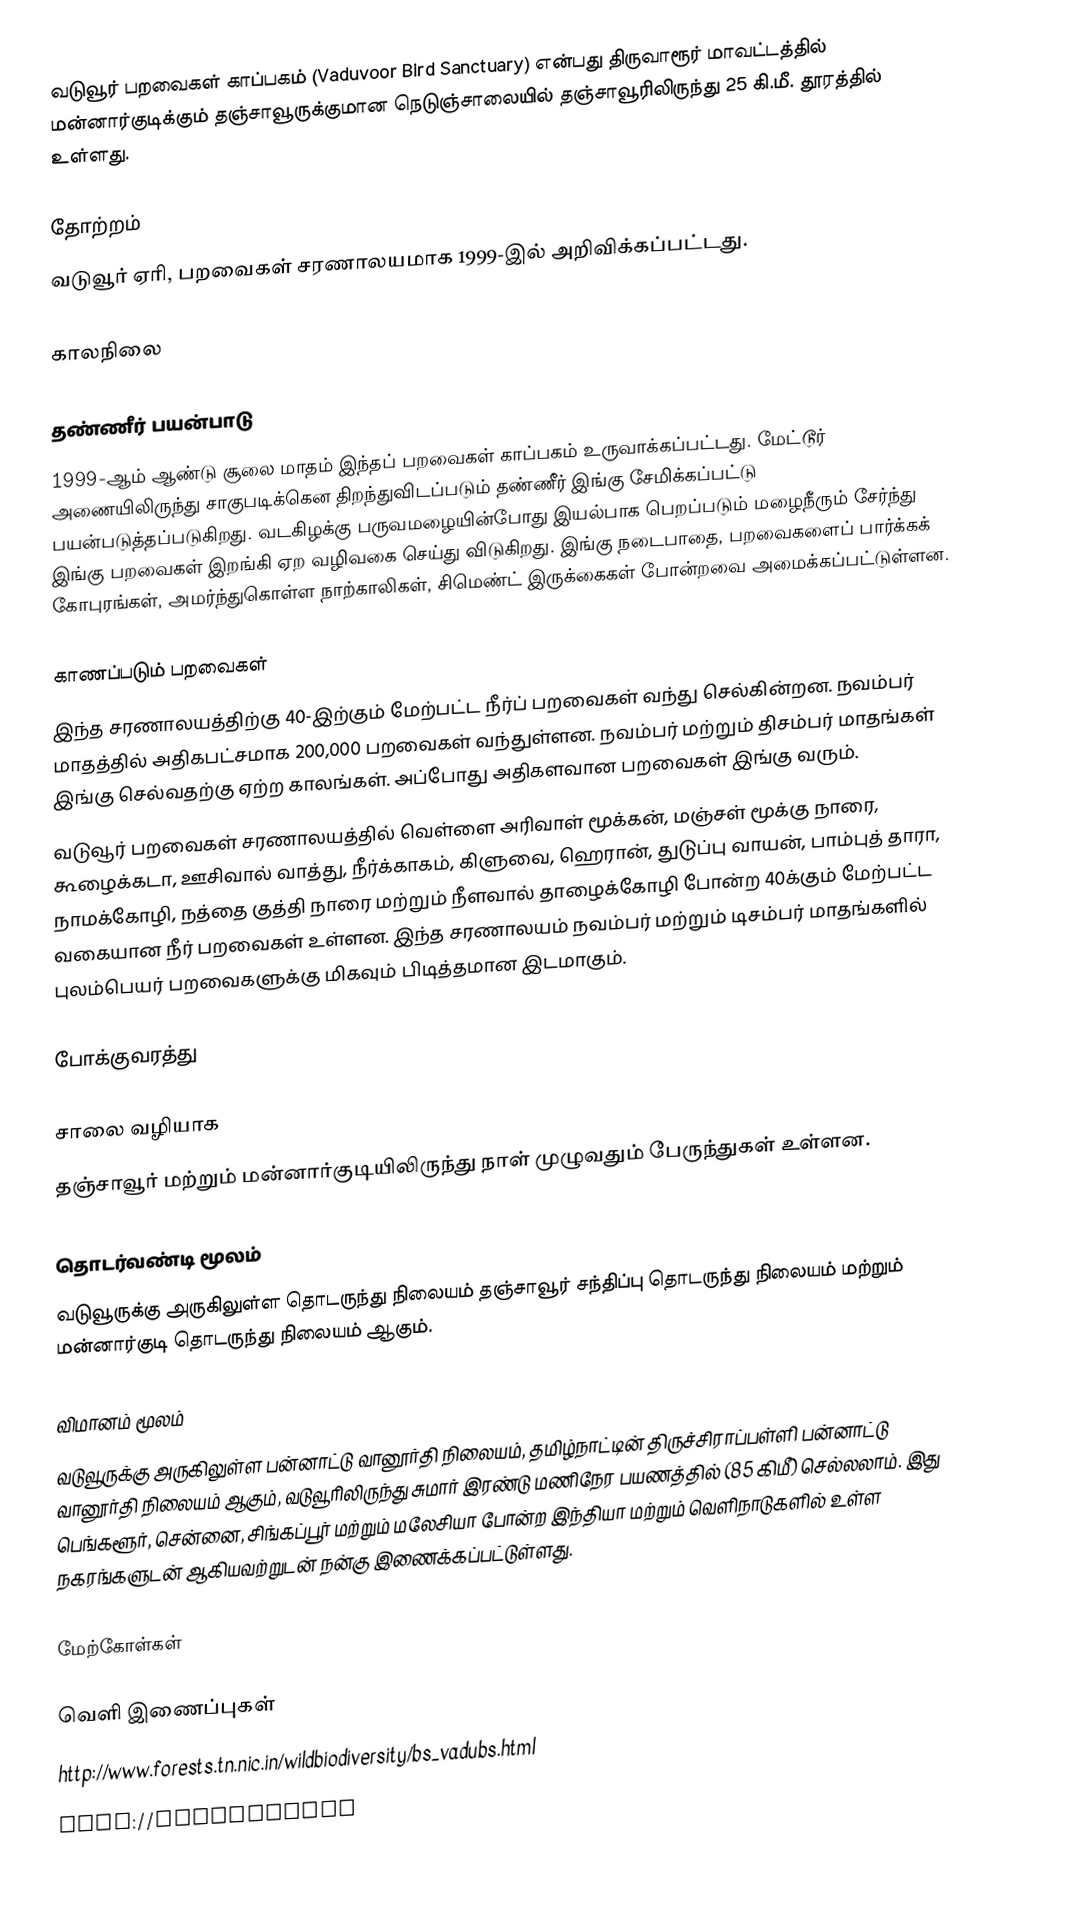
வடுவூர் பறவைகள் காப்பகம் (Vaduvoor Bird Sanctuary) என்பது திருவாரூர் மாவட்டத்தில் மன்னார்குடிக்கும் தஞ்சாவூருக்குமான நெடுஞ்சாலையில் தஞ்சாவூரிலிருந்து 25 கி.மீ. தூரத்தில் உள்ளது.

தோற்றம்
வடுவூர் ஏரி, பறவைகள் சரணாலயமாக 1999-இல் அறிவிக்கப்பட்டது.

காலநிலை

தண்ணீர் பயன்பாடு
1999-ஆம் ஆண்டு சூலை மாதம் இந்தப் பறவைகள் காப்பகம் உருவாக்கப்பட்டது. மேட்டூர் அணையிலிருந்து சாகுபடிக்கென திறந்துவிடப்படும் தண்ணீர் இங்கு சேமிக்கப்பட்டு பயன்படுத்தப்படுகிறது. வடகிழக்கு பருவமழையின்போது இயல்பாக பெறப்படும் மழைநீரும் சேர்ந்து இங்கு பறவைகள் இறங்கி ஏற வழிவகை செய்து விடுகிறது. இங்கு நடைபாதை, பறவைகளைப் பார்க்கக் கோபுரங்கள், அமர்ந்துகொள்ள நாற்காலிகள், சிமெண்ட் இருக்கைகள் போன்றவை அமைக்கப்பட்டுள்ளன.

காணப்படும் பறவைகள்
இந்த சரணாலயத்திற்கு 40-இற்கும் மேற்பட்ட நீர்ப் பறவைகள் வந்து செல்கின்றன. நவம்பர் மாதத்தில் அதிகபட்சமாக 200,000 பறவைகள் வந்துள்ளன. நவம்பர் மற்றும் திசம்பர் மாதங்கள் இங்கு செல்வதற்கு ஏற்ற காலங்கள். அப்போது அதிகளவான பறவைகள் இங்கு வரும்.
வடுவூர் பறவைகள் சரணாலயத்தில் வெள்ளை அரிவாள் மூக்கன், மஞ்சள் மூக்கு நாரை, கூழைக்கடா, ஊசிவால் வாத்து, நீர்க்காகம், கிளுவை, ஹெரான், துடுப்பு வாயன், பாம்புத் தாரா, நாமக்கோழி, நத்தை குத்தி நாரை மற்றும் நீளவால் தாழைக்கோழி போன்ற 40க்கும் மேற்பட்ட வகையான நீர் பறவைகள் உள்ளன. இந்த சரணாலயம் நவம்பர் மற்றும் டிசம்பர் மாதங்களில் புலம்பெயர் பறவைகளுக்கு மிகவும் பிடித்தமான இடமாகும்.

போக்குவரத்து

சாலை வழியாக
தஞ்சாவூர் மற்றும் மன்னார்குடியிலிருந்து நாள் முழுவதும் பேருந்துகள் உள்ளன.

தொடர்வண்டி மூலம்
வடுவூருக்கு அருகிலுள்ள தொடருந்து நிலையம் தஞ்சாவூர் சந்திப்பு தொடருந்து நிலையம் மற்றும் மன்னார்குடி தொடருந்து நிலையம் ஆகும்.

விமானம் மூலம்
வடுவூருக்கு அருகிலுள்ள பன்னாட்டு வானூர்தி நிலையம், தமிழ்நாட்டின் திருச்சிராப்பள்ளி பன்னாட்டு வானூர்தி நிலையம் ஆகும், வடுவூரிலிருந்து சுமார் இரண்டு மணிநேர பயணத்தில் (85 கிமீ) செல்லலாம். இது பெங்களூர், சென்னை, சிங்கப்பூர் மற்றும் மலேசியா போன்ற இந்தியா மற்றும் வெளிநாடுகளில் உள்ள நகரங்களுடன் ஆகியவற்றுடன் நன்கு இணைக்கப்பட்டுள்ளது.

மேற்கோள்கள்

வெளி இணைப்புகள்
 http://www.forests.tn.nic.in/wildbiodiversity/bs_vadubs.html
 http://thekkikatta